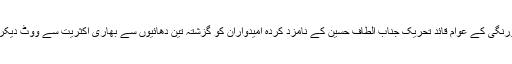
کارنر میٹنگ سے خطاب کرتے ہوئے رابطہ کمیٹی کے رکن امین الحق نے کہاکہ لانڈھی اور کورنگی کے عوام قائد تحریک جناب الطاف حسین کے نامزد کردہ امیدواران کو گزشتہ تین دھائیوں سے بھاری اکثریت سے ووٹ دیکر کامیاب کراتے آئے ہیں جو اس بات کا ثبوت ہے کہ لانڈھی اور کورنگی ایم کیوایم کا گڑ ھ ہے ۔